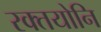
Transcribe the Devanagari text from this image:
रक्तयोनि